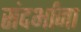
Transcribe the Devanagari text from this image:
संदर्भांना